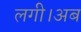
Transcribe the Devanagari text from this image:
लगी।अब